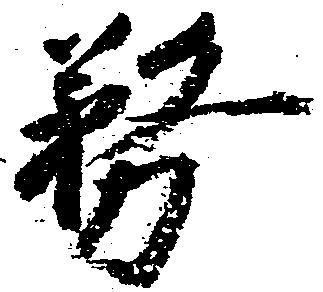
務